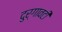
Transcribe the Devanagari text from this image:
दुर्गावटी